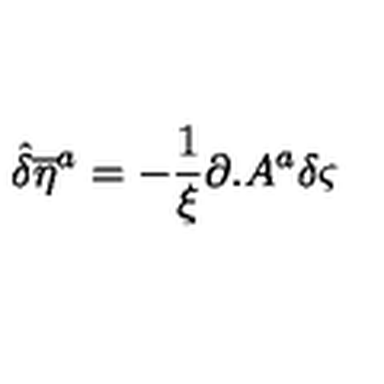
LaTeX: { \hat { \delta } } { \overline { { \eta } } } ^ { a } = - \frac { 1 } { \xi } \partial . A ^ { a } \delta \varsigma